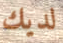
لديك